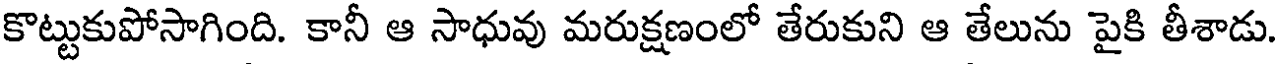
కొట్టుకుపోసాగింది. కానీ ఆ సాధువు మరుక్షణంలో తేరుకుని ఆ తేలును పైకి తీశాడు